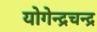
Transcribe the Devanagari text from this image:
योगेन्द्रचन्द्र